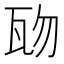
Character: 𤬱